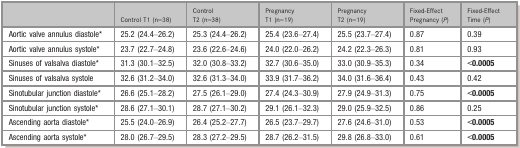
<table><thead><tr><td></td><td><b>Control T1 (n=38)</b></td><td><b>Control T2 (n=38)</b></td><td><b>Pregnancy T1 (n=19)</b></td><td><b>Pregnancy T2 (n=19)</b></td><td><b>Fixed‐Effect Pregnancy (<i>P</i>)</b></td><td><b>Fixed‐Effect Time (<i>P</i>)</b></td></tr></thead><tbody><tr><td>Aortic valve annulus diastolea</td><td>25.2 (24.4–26.2)</td><td>25.3 (24.4–26.2)</td><td>25.4 (23.6–27.4)</td><td>25.5 (23.7–27.4)</td><td>0.87</td><td>0.39</td></tr><tr><td>Aortic valve annulus systolea</td><td>23.7 (22.7–24.8)</td><td>23.6 (22.6–24.6)</td><td>24.0 (22.0–26.2)</td><td>24.2 (22.3–26.3)</td><td>0.81</td><td>0.93</td></tr><tr><td>Sinuses of valsalva diastolea</td><td>31.3 (30.1–32.5)</td><td>32.0 (30.8–33.2)</td><td>32.7 (30.6–35.0)</td><td>33.0 (30.9–35.3)</td><td>0.34</td><td><b>&lt;0.0005</b></td></tr><tr><td>Sinuses of valsalva systole</td><td>32.6 (31.2–34.0)</td><td>32.6 (31.3–34.0)</td><td>33.9 (31.7–36.2)</td><td>34.0 (31.6–36.4)</td><td>0.43</td><td>0.42</td></tr><tr><td>Sinotubular junction diastolea</td><td>26.6 (25.1–28.2)</td><td>27.5 (26.1–29.0)</td><td>27.4 (24.3–30.9)</td><td>27.9 (24.9–31.3)</td><td>0.75</td><td><b>&lt;0.0005</b></td></tr><tr><td>Sinotubular junction systolea</td><td>28.6 (27.1–30.1)</td><td>28.7 (27.1–30.2)</td><td>29.1 (26.1–32.3)</td><td>29.0 (25.9–32.5)</td><td>0.86</td><td>0.25</td></tr><tr><td>Ascending aorta diastolea</td><td>25.5 (24.0–26.9)</td><td>26.4 (25.2–27.7)</td><td>26.5 (23.7–29.7)</td><td>27.6 (24.6–31.0)</td><td>0.53</td><td><b>&lt;0.0005</b></td></tr><tr><td>Ascending aorta systolea</td><td>28.0 (26.7–29.5)</td><td>28.3 (27.2–29.5)</td><td>28.7 (26.2–31.5)</td><td>29.8 (26.8–33.0)</td><td>0.61</td><td><b>&lt;0.0005</b></td></tr></tbody></table>